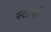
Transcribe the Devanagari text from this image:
स्टोवी